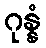
ဂုန္နံ